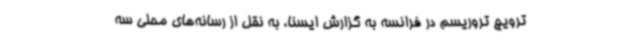
ترویج تروریسم در فرانسه به گزارش ایسنا، به نقل از رسانه‌های محلی سه